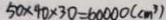
5 0 \times 4 0 \times 3 0 = 6 0 0 0 0 ( c m ^ { 3 } )